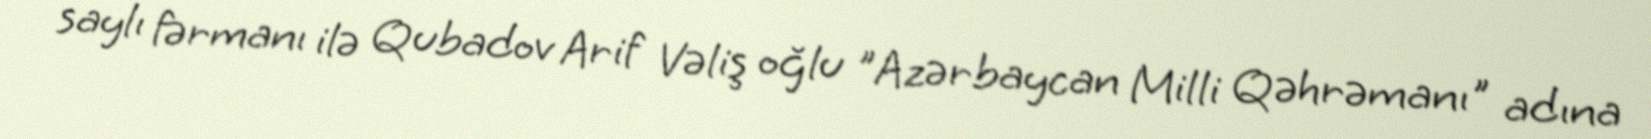
saylı fərmanı ilə Qubadov Arif Vəliş oğlu "Azərbaycan Milli Qəhrəmanı" adına